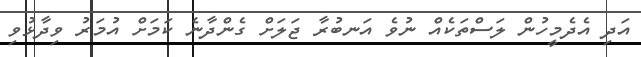
އަދި އެދެމީހުން ލަސްތަކެއް ނުވެ އަނބުރާ ޖަލަށް ގެންދާނެ ކަމަށް އުމަރު ވިދާޅުވި